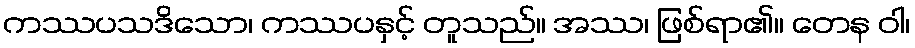
ကဿပသဒိသော၊ ကဿပနှင့် တူသည်။ အဿ၊ ဖြစ်ရာ၏။ တေန ဝါ၊